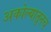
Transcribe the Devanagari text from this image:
अकोल्यातूनच